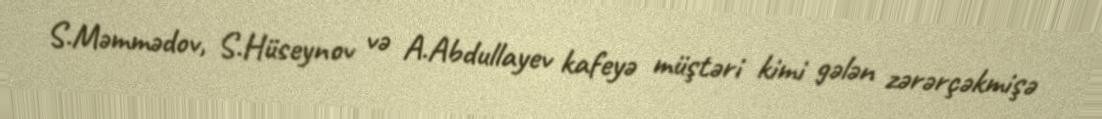
S.Məmmədov, S.Hüseynov və A.Abdullayev kafeyə müştəri kimi gələn zərərçəkmişə